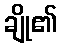
ချို၏